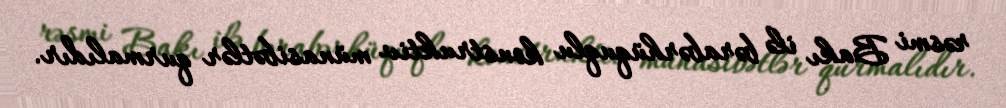
rəsmi Bakı ilə bərabərhüquqlu konstruktiv münasibətlər qurmalıdır.